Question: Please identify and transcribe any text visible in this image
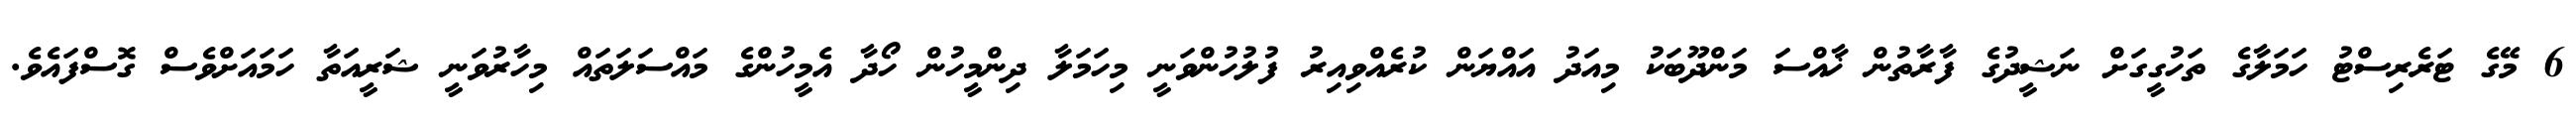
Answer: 6 މޭގެ ޓަރެރިސްޓު ހަމަލާގެ ތަހުގީގަށް ނަޝީދުގެ ފާރާތުން ޚާއްސަ މަންދޫބަކު މިއަދު އައްޔަން ކުރެއްވިއިރު ފުލުހުންވަނީ މިހަމަލާ ދިންމީހުން ހޯދާ އެމީހުންގެ މައްސަލަތައް މިހާރުވަނީ ޝަރީއަތާ ހަމައަށްވެސް ގޮސްފައެވެ.